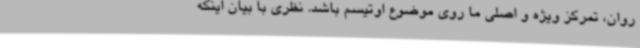
روان، تمرکز ویژه و اصلی ما روی موضوع اوتیسم باشد. نظری با بیان اینکه